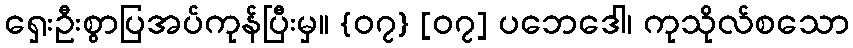
ရှေးဦးစွာပြအပ်ကုန်ပြီးမှ။ {၀၇} [၀၇] ပဘေဒေါ၊ ကုသိုလ်စသော